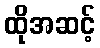
ထိုအဆင့်